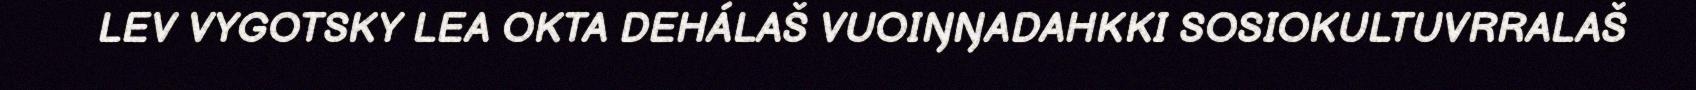
LEV VYGOTSKY LEA OKTA DEHÁLAŠ VUOIŊŊADAHKKI SOSIOKULTUVRRALAŠ